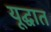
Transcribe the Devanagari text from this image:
यूद्घात